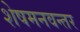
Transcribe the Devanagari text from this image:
शेषमनवन्तर